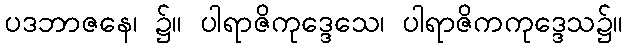
ပဒဘာဇနေ၊ ၌။ ပါရာဇိကုဒ္ဒေသေ၊ ပါရာဇိကကုဒ္ဒေသ၌။